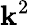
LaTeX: \mathbf{k}^{2}